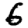
Digit: 6